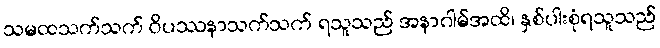
သမထသက်သက် ဝိပဿနာသက်သက် ရသူသည် အနာဂါမ်အထိ၊ နှစ်ပါးစုံရသူသည်